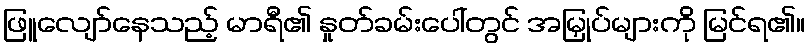
ဖြူလျော်နေသည့် မာရီ၏ နှုတ်ခမ်းပေါ်တွင် အမြှုပ်များကို မြင်ရ၏။